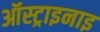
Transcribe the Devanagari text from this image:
ऑस्ट्राइनाइ